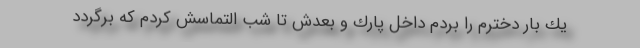
يك ‌بار دخترم را بردم داخل پارك و بعدش تا شب التماسش كردم كه برگردد